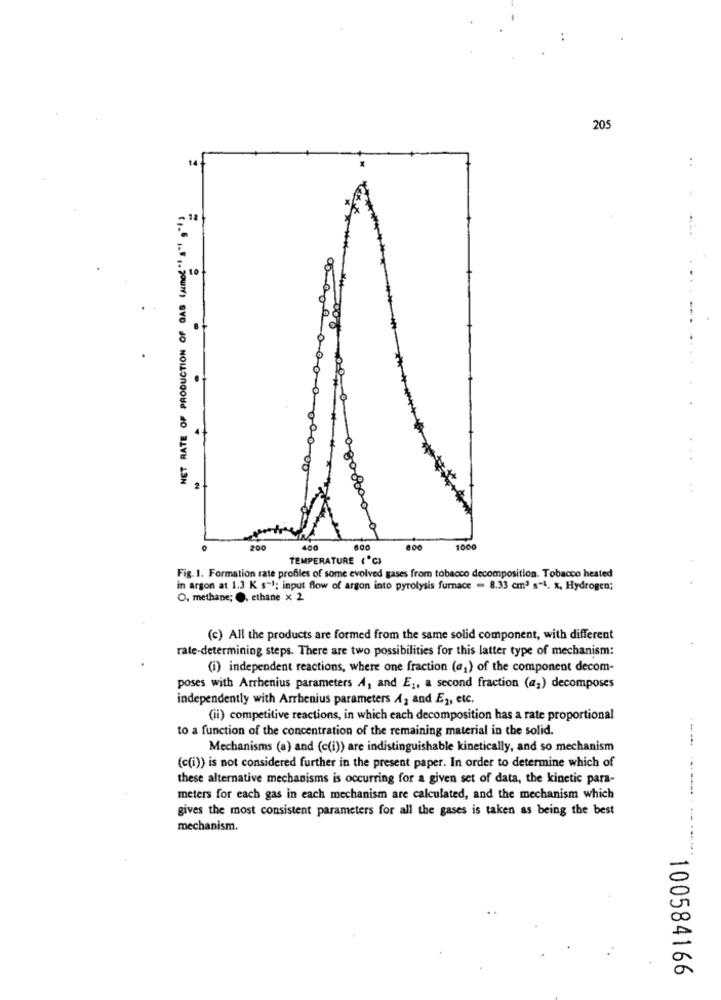
205
14
HET RATE OF PRODUCTION OF GAS (AMOL " " " ""}
10
00
200
400
600
800
1000
TEMPERATURE ( C)
.
Fig. 1. Formation rate profiles of some evolved gases from tobacco decomposition. Tobacco heated
in argon at 1.3 K s-1; input flow of argon into pyrolysis furnace = 8.33 cm3 s-4. x, Hydrogen;
O, methane; , ethane x 2
(c) All the products are formed from the same solid component, with different
rate-determining steps. There are two possibilities for this latter type of mechanism:
(i) independent reactions, where one fraction (a,) of the component decom-
poses with Arrhenius parameters A, and E1, a second fraction (a,) decomposes
independently with Arrhenius parameters A2 and E2, etc.
(ii) competitive reactions, in which each decomposition has a rate proportional
to a function of the concentration of the remaining material in the solid.
Mechanisms (a) and (c(i)) are indistinguishable kinetically, and so mechanism
(c(i)) is not considered further in the present paper. In order to determine which of
these alternative mechanisms is occurring for a given set of data, the kinetic para-
-----.
meters for each gas in each mechanism are calculated, and the mechanism which
gives the most consistent parameters for all the gases is taken as being the best
mechanism.
100584166